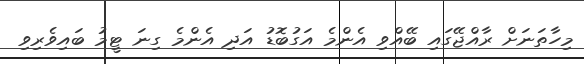
މިހާތަނަށް ރާއްޖޭގައި ބޭއްވި އެންމެ އަގުބޮޑު އަދި އެންމެ ގިނަ ޓީމު ބައިވެރިވި